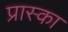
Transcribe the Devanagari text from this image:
प्रास्का